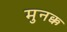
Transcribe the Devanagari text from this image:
मुनक्क